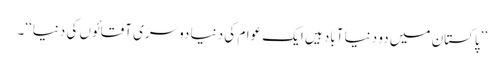
’’پاکستان میں دو دنیا آباد ہیں ایک عوام کی دنیا دوسری آقائوں کی دنیا‘‘۔